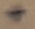
Text: +